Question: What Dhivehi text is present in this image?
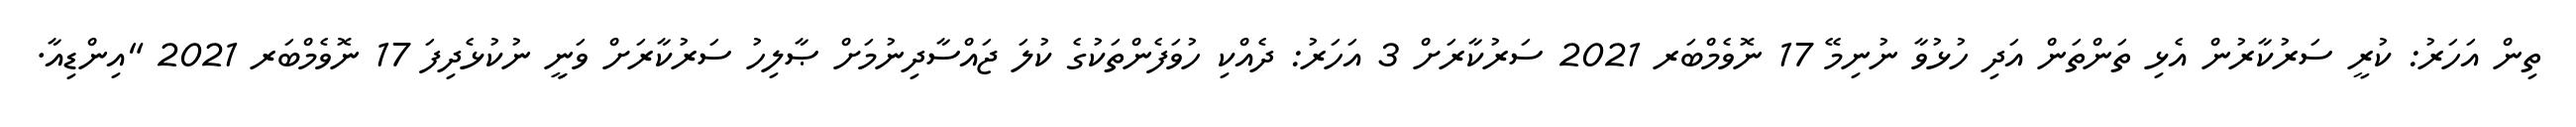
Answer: ތިން އަހަރު: ކުރީ ސަރުކާރުން އެޅި ތަންތަން އަދި ހުޅުވާ ނުނިމޭ 17 ނޮވެމްބަރ 2021 ސަރުކާރަށް 3 އަހަރު: ދެއްކި ހުވަފެންތަކުގެ ކުލަ ޖައްސާދިނުމަށް ޞާލިހު ސަރުކާރަށް ވަނީީ ނުކުޅެދިފަ 17 ނޮވެމްބަރ 2021 "އިންޑިއާ.